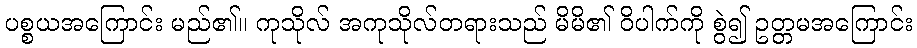
ပစ္စယအကြောင်း မည်၏။ ကုသိုလ် အကုသိုလ်တရားသည် မိမိ၏ ဝိပါက်ကို စွဲ၍ ဥတ္တမအကြောင်း